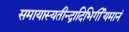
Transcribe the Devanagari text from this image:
समायास्यतीन्द्रादिभिर्गीयमानं